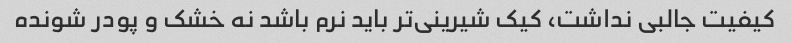
کیفیت جالبی نداشت، کیک شیرینی‌تر باید نرم باشد نه خشک و پودر شونده